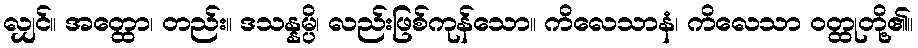
လျှင်။ အတ္ထော၊ တည်း။ ဒသန္နမ္ပိ၊ လည်းဖြစ်ကုန်သော။ ကိလေသာနံ၊ ကိလေသာ ဝတ္ထုတို့၏။